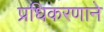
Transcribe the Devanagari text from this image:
प्रधिकरणाने